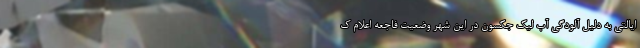
ایالتی به دلیل آلودگی آب لیک جکسون در این شهر وضعیت فاجعه اعلام ک